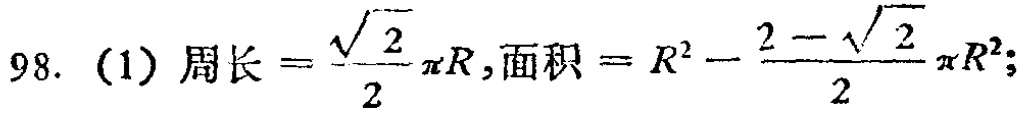
98. (1) 周长 \(=\frac{\sqrt{2}}{2}\pi R\), 面积 \(=R^{2}-\frac{2 - \sqrt{2}}{2}\pi R^{2}\);